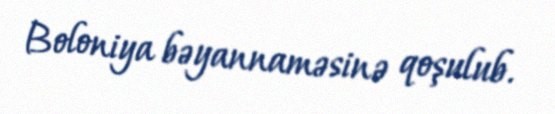
Boloniya bəyannaməsinə qoşulub.